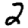
Digit: 2